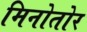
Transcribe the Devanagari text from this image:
मिनोतोर